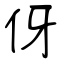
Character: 伢